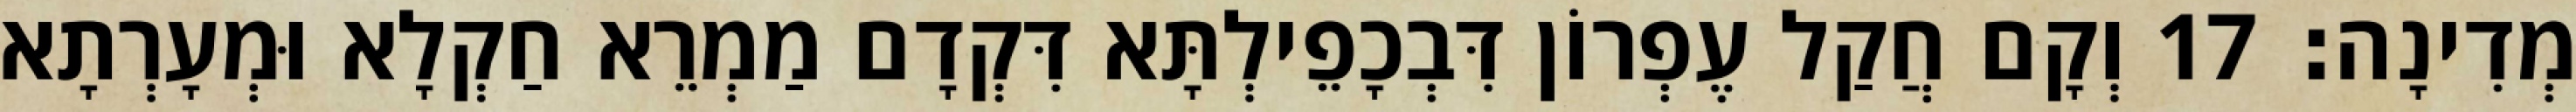
מְדִינָה׃ 17 וְקָם חֲקַל עֶפְרוֹן דִּבְכָפֵילְתָּא דִּקְדָם מַמְרֵא חַקְלָא וּמְעָרְתָא